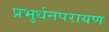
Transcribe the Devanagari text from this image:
प्रभुर्धनपरायण